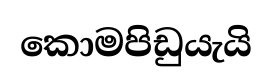
කොමපිඩුයැයි